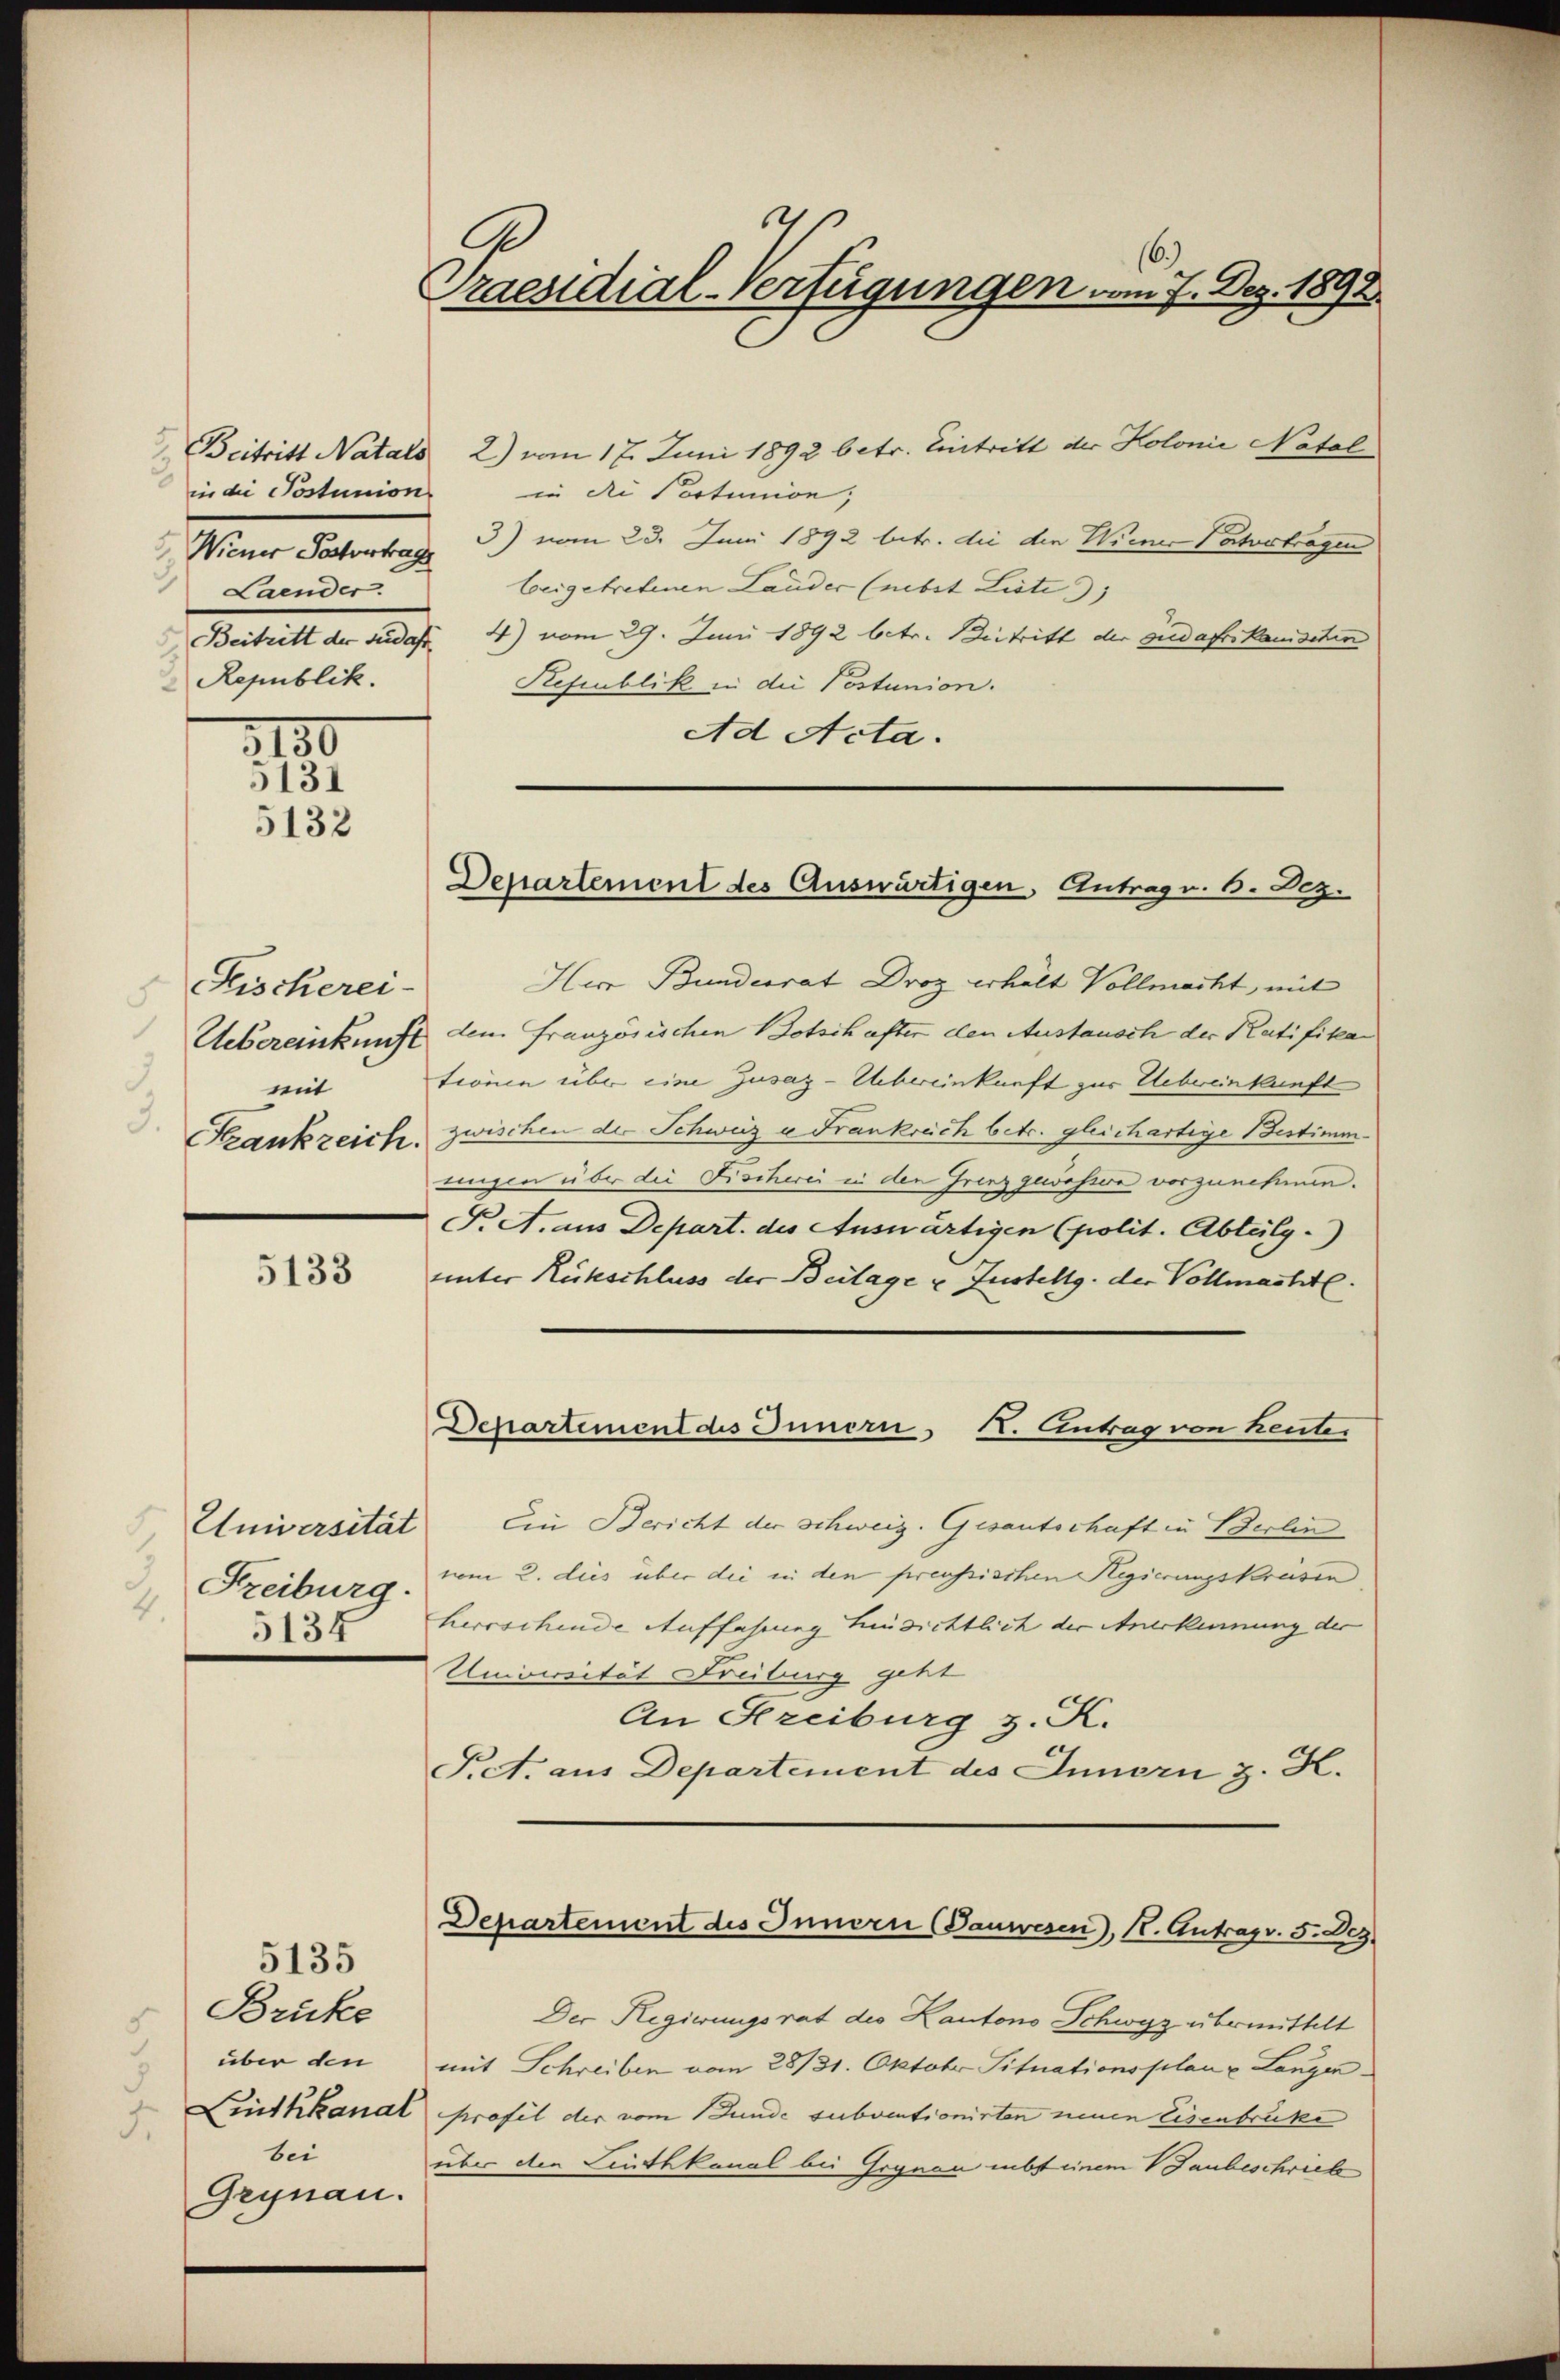
3
in die Postunion
Laender.
Republik

2130
5132

5131

Fischerei-
mit
.

5133

Universität
4.
5134

5135

Brüke
über den
.
bei
Grynau.

.
6.
Praesidial-Verfügungen am 7. Dez. 1892.

Beitritt Natals 2) vom 17. Juni 1892 betr. Eintritt der Kolonie Notel
in die Portunion;
Wiener Postvertrag 2) vom 23. Juni 1892 betr. die den Wiener Patvertragen
beigetretenen Lauder (nebst Liste
Beitritt der sie das 4) vom 29. Juni 1892 betr. Beitritt der Fuedafrikanideten
Refiublik in die Postunion.
Ad Acta.

Herr Bundesrat Droz erhält Vollmacht, mit
Uebereinkunft dem französischen Botschafter den Austausch der Ratifika
tionen über eine Zusaz-Uebereinkunft zur Uebereinkunft
Szankzeich zwischen der Schweiz u Frankreich betr. gleichartige Bestimmungen über die Fischerei in den Grenz gewässere vorzunehmen.
F. A. aus Depart. des Auswärtigen (polit. Abteilg.
unter Rückschluss der Beilage u Justellg. der Vollmacht.
Departement des Innern K. Antrag von heute.
Ein Bericht der Schweiz. Gesantschaft in Berlin
Freiburg, vom 2. dies über die in den preussischen Regierungskreisen
herrschinde Auffahrung hinsichtlich der Anerkennung der
Universität Freiburg geht
An Freiburg z. K.
P.A. aus Departement des Innern z. K.

Der Regierungsrat des Kantons Schwyz übermittelt
mit Schreiben vom 28/31. Oktober Situationsplan u Langen
 Linthkanal profil der vom Stunde subventionirten neuen Eisenbrucke
über den Linthkanal bei Gegnen übt einem Gaubeschrieb

Departement des Auswärtigen, Antrag v. 6. Dez.

Departement des Innern (Tauwesen), K. Antrag v. 5. Dez.